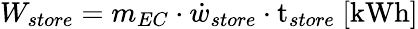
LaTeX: W_{store}=m_{EC}\cdot\dot{w}_{store}\cdot\mathrm{t}_{store}\ [\mathrm{kWh}]